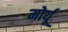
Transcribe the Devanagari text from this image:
मोर्यू